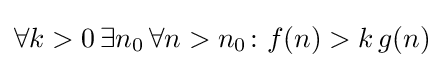
\forall k>0\,\exists n_{0}\,\forall n>n_{0}\colon f(n)>k\,g(n)